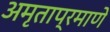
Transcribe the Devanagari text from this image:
अमृताप्रमाणे